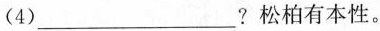
(4)___？松柏有本性。